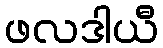
ဖလဒါယီ